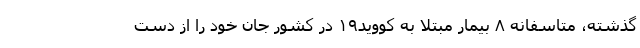
گذشته، متاسفانه ۸ بیمار مبتلا به کووید۱۹ در کشور جان خود را از دست